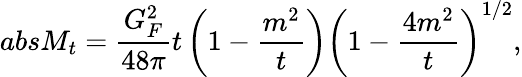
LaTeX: absM_{t}=\frac{G_{F}^{2}}{48\pi}t\left(1-\frac{m^{2}}{t}\right)\left(1-\frac{4m^{2}}{t}\right)^{1/2},